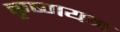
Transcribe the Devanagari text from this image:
कृष्णयन